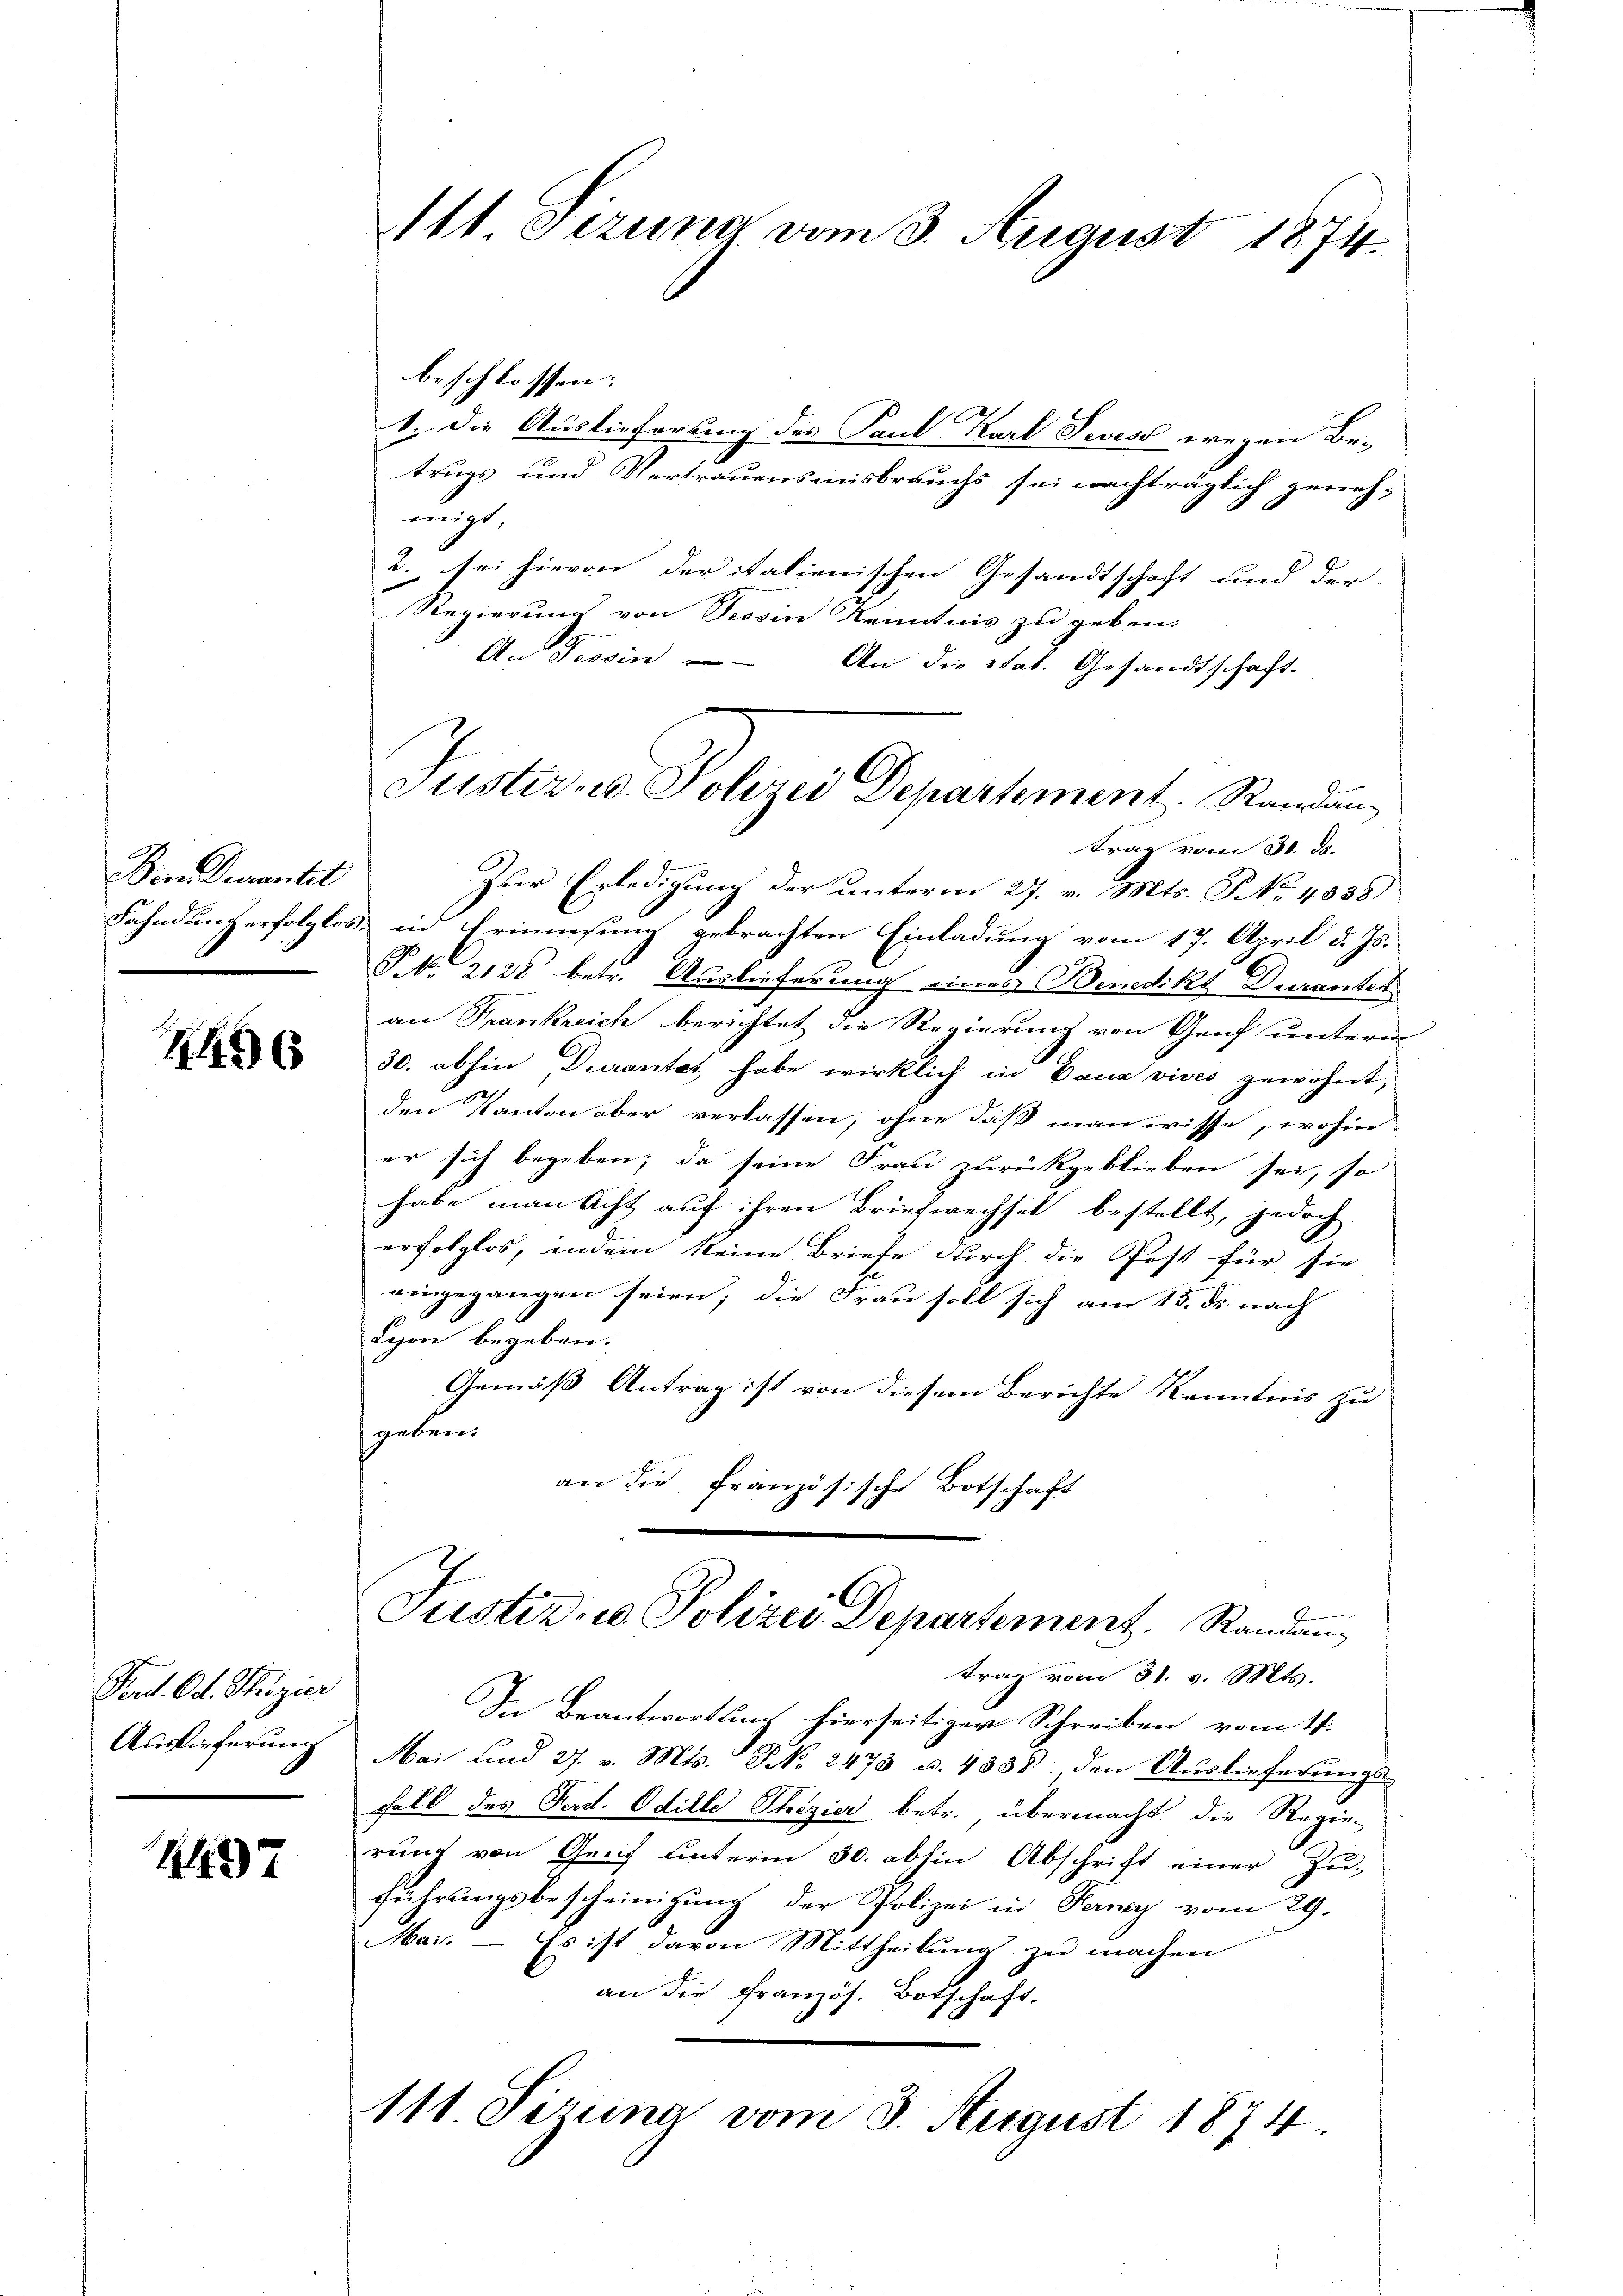
Vom Devantet

26

Perd. Od. Stizier
Auslieferung

2497

111. Szuna vom 3. August 1874.

beschlossen: |
1. Die Auslieferung des Paul Karl Jevess wegen Be-
trugs und Vertrauensinisbrauchs sei nachträglich geneh-
migt
2. sei hievon der italienischen Gesandtschaft und der
Regierung von Tessin Kenntnis zu geben.
An Tessin - An die Stat. Gesandtschaft.
trag vom 31. ds.
Zur Erledigung der unterm 27. v. Mts. No. 4838)
Fahndung erfolglos, und Erinnesung gebrachten Einladung vom 17. April d. Js.
Pf. 2128 betr. Auslieferung eines Benedikt Duranter
an Frankreich berichtet die Regierung von Genf unterm
30. abhin Durantat habe wirklich in Baua vives gewohnt,
den Kanton aber verlassen, ohne daß man wisse, wohin
er sich begeben; da seine Frau zurückgeblieben sei, so
habe man acht auf ihren Briefwechsel bestellt, jedoch
erfolglos, indem keine Briefe durch die Post für sie
eingegangen seien; die Frau soll sich am 15. ds. nach
Lyon begeben.
Gemäß Antrag ist von diesem Berichte Kenntnis zu
geben:
an die Französische Botschaft

Justiz - Polizei Departement. Randan¬

Justiz u. Polizei Departement. Standan¬

trag vom 31. v. Mts.
In Beantwortung hierseitiger Schreiben vom 4.
Mai und 27. v. Mts. No 2473 u. 4338 den Auslieferungs-
Fall des Ferd. Odille Thezier betr., übermacht die Regie-
rung von Genf unterm 30. abhin Abschrift einer Zu-
führungsbescheinigung der Polizei in Perny vom 29.
Mai. — Es ist davon Mittheilung zu machen
an die Französ. Botschaft.
111. Sirna vom 3. August 1874.